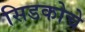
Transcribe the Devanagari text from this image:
सिडकोचे